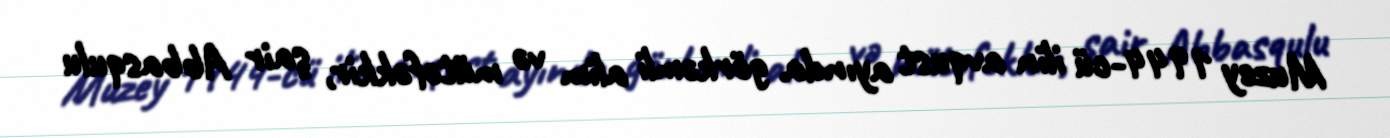
Muzey 1944-cü ilin avqust ayında görkəmli alim və mütəfəkkir, şair Abbasqulu